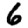
Digit: 6